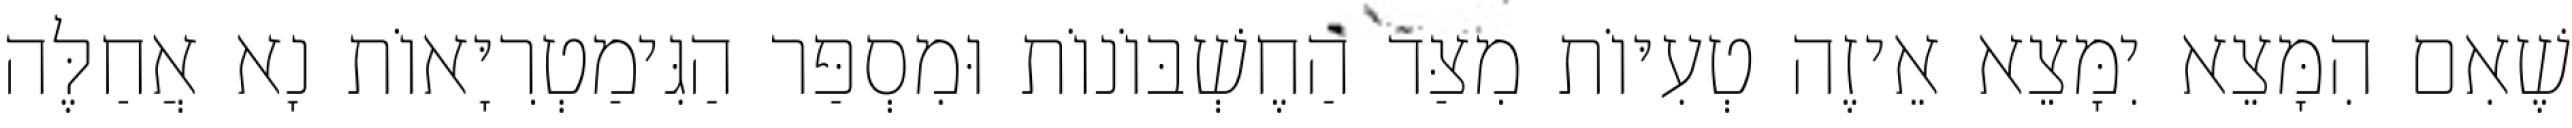
שֶׁאִם הִמָּצֵא יִמָּצֵא אֵיזֶה טְעִיּוֹת מִצַּד הַחֶשְׁבּוֹנוֹת וּמִסְפַּר הַגִּימַטְרִיָּאוֹת נָא אֲחַלֶּה